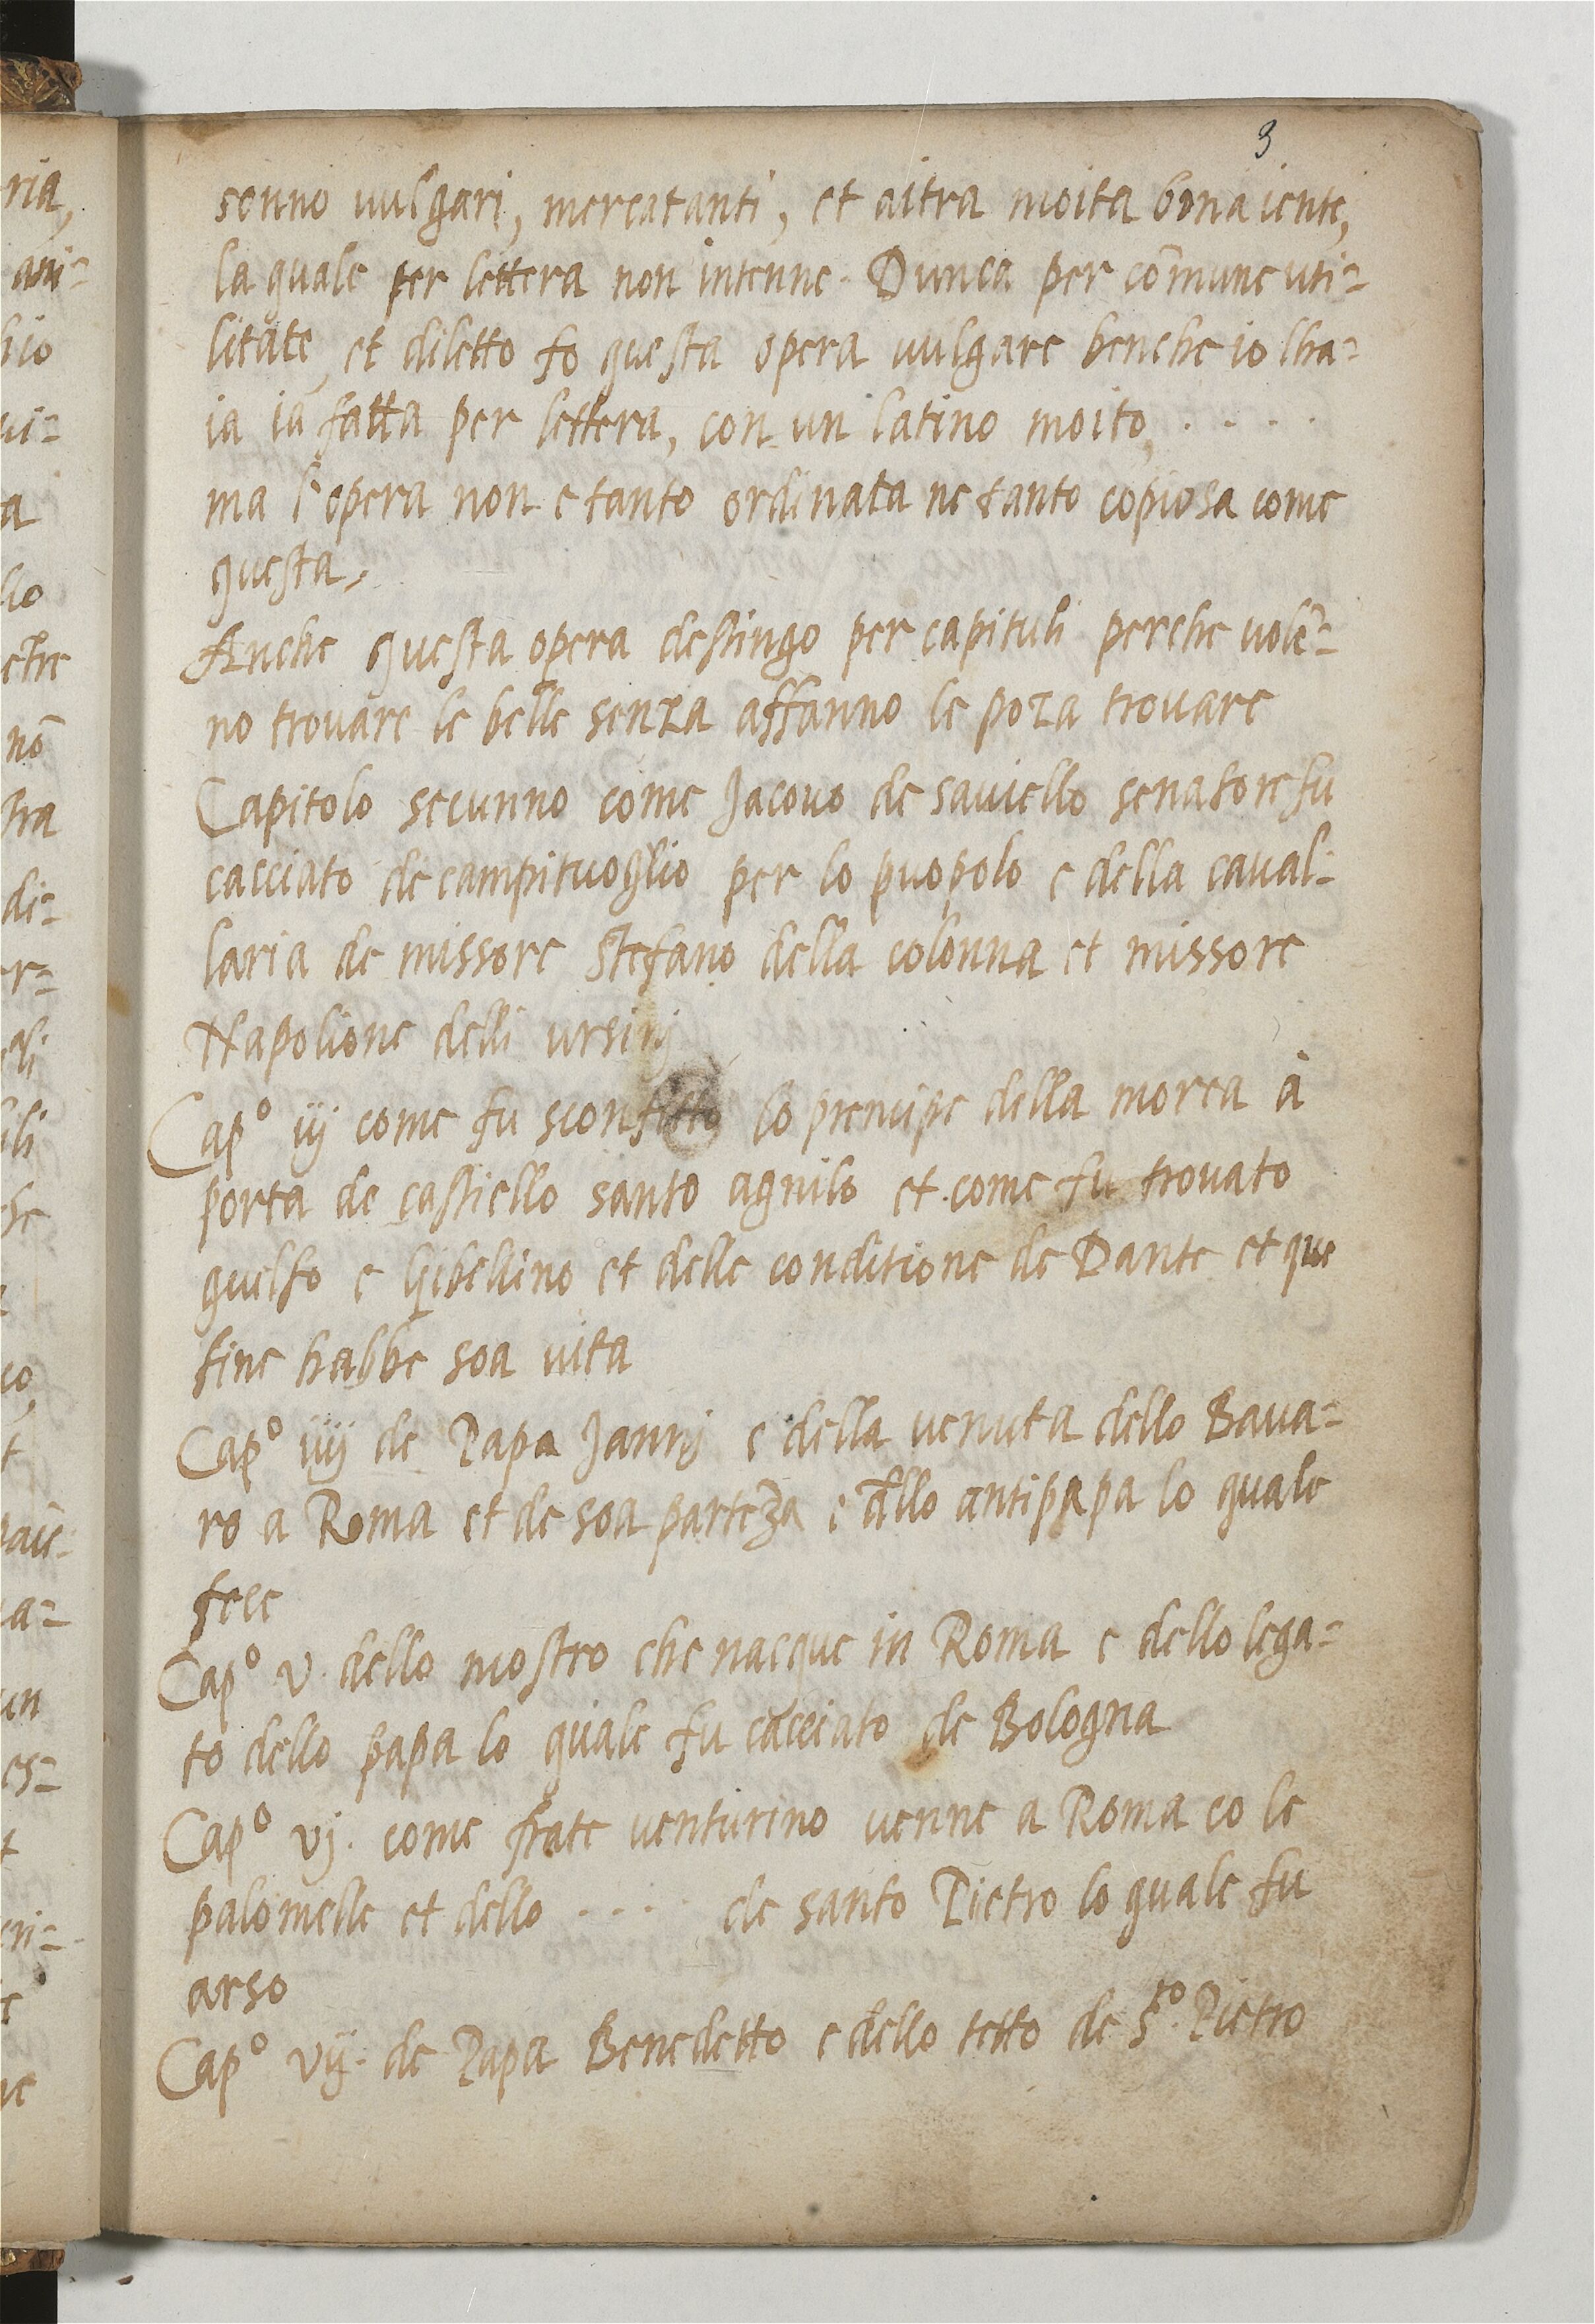
Shelfmark: Paris, BnF, ita. 820
Century: 16